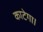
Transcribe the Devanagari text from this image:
काटेगा।